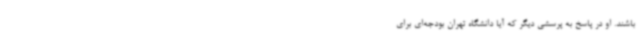
باشند. او در پاسخ به پرسشی دیگر که آیا دانشگاه تهران بودجه‌ای برای